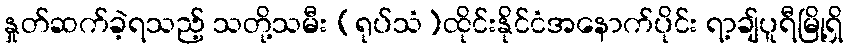
နှုတ်ဆက်ခဲ့ရသည့် သတို့သမီး (ရုပ်သံ)ထိုင်းနိုင်ငံအနောက်ပိုင်း ရာ့ချ်ပူရီမြို့ရှိ